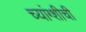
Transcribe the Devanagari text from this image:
च्यांग्शीची